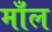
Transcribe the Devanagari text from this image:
माँल